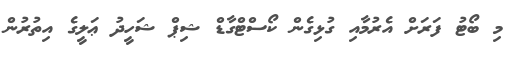
މި ބޯޓު ފަރަށް އެރުމާއި ގުޅިގެން ކޯސްޓްގާޑް ޝިޕް ޝަހީދު ޢަލީގެ އިތުރުން